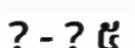
? - ? ៥